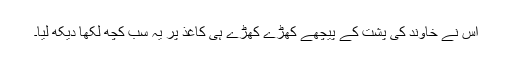
اُس نے خاوند کی پشت کے پیچھے کھڑے کھڑے ہی کاغذ پر یہ سب کچھ لکھا دیکھ لیا۔